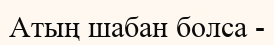
Атың шабан болса -